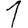
Digit: 1